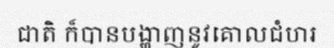
ជាតិ ក៏បានបង្ហាញនូវគោលជំហរ